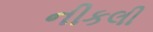
નીકલી